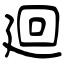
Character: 廻